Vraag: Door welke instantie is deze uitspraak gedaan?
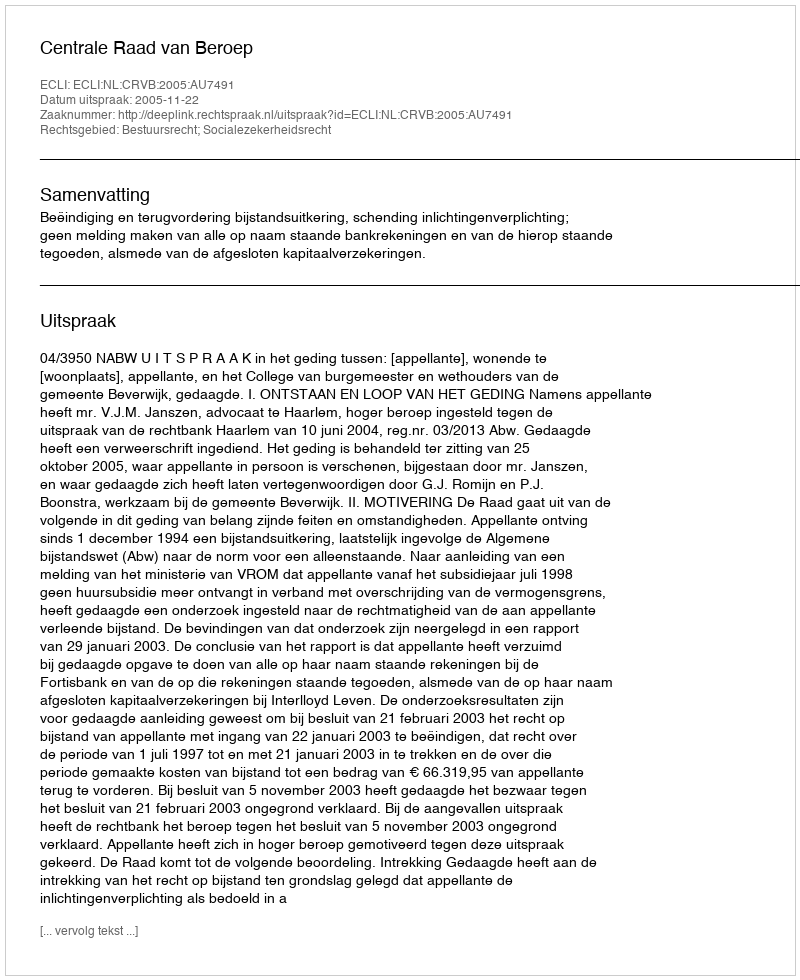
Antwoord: Centrale Raad van Beroep